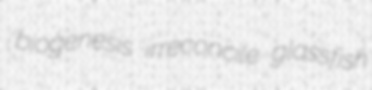
biogenesis irreconcile glassfish